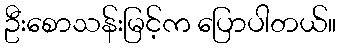
ဦးစောသန်းမြင့်က ပြောပါတယ်။